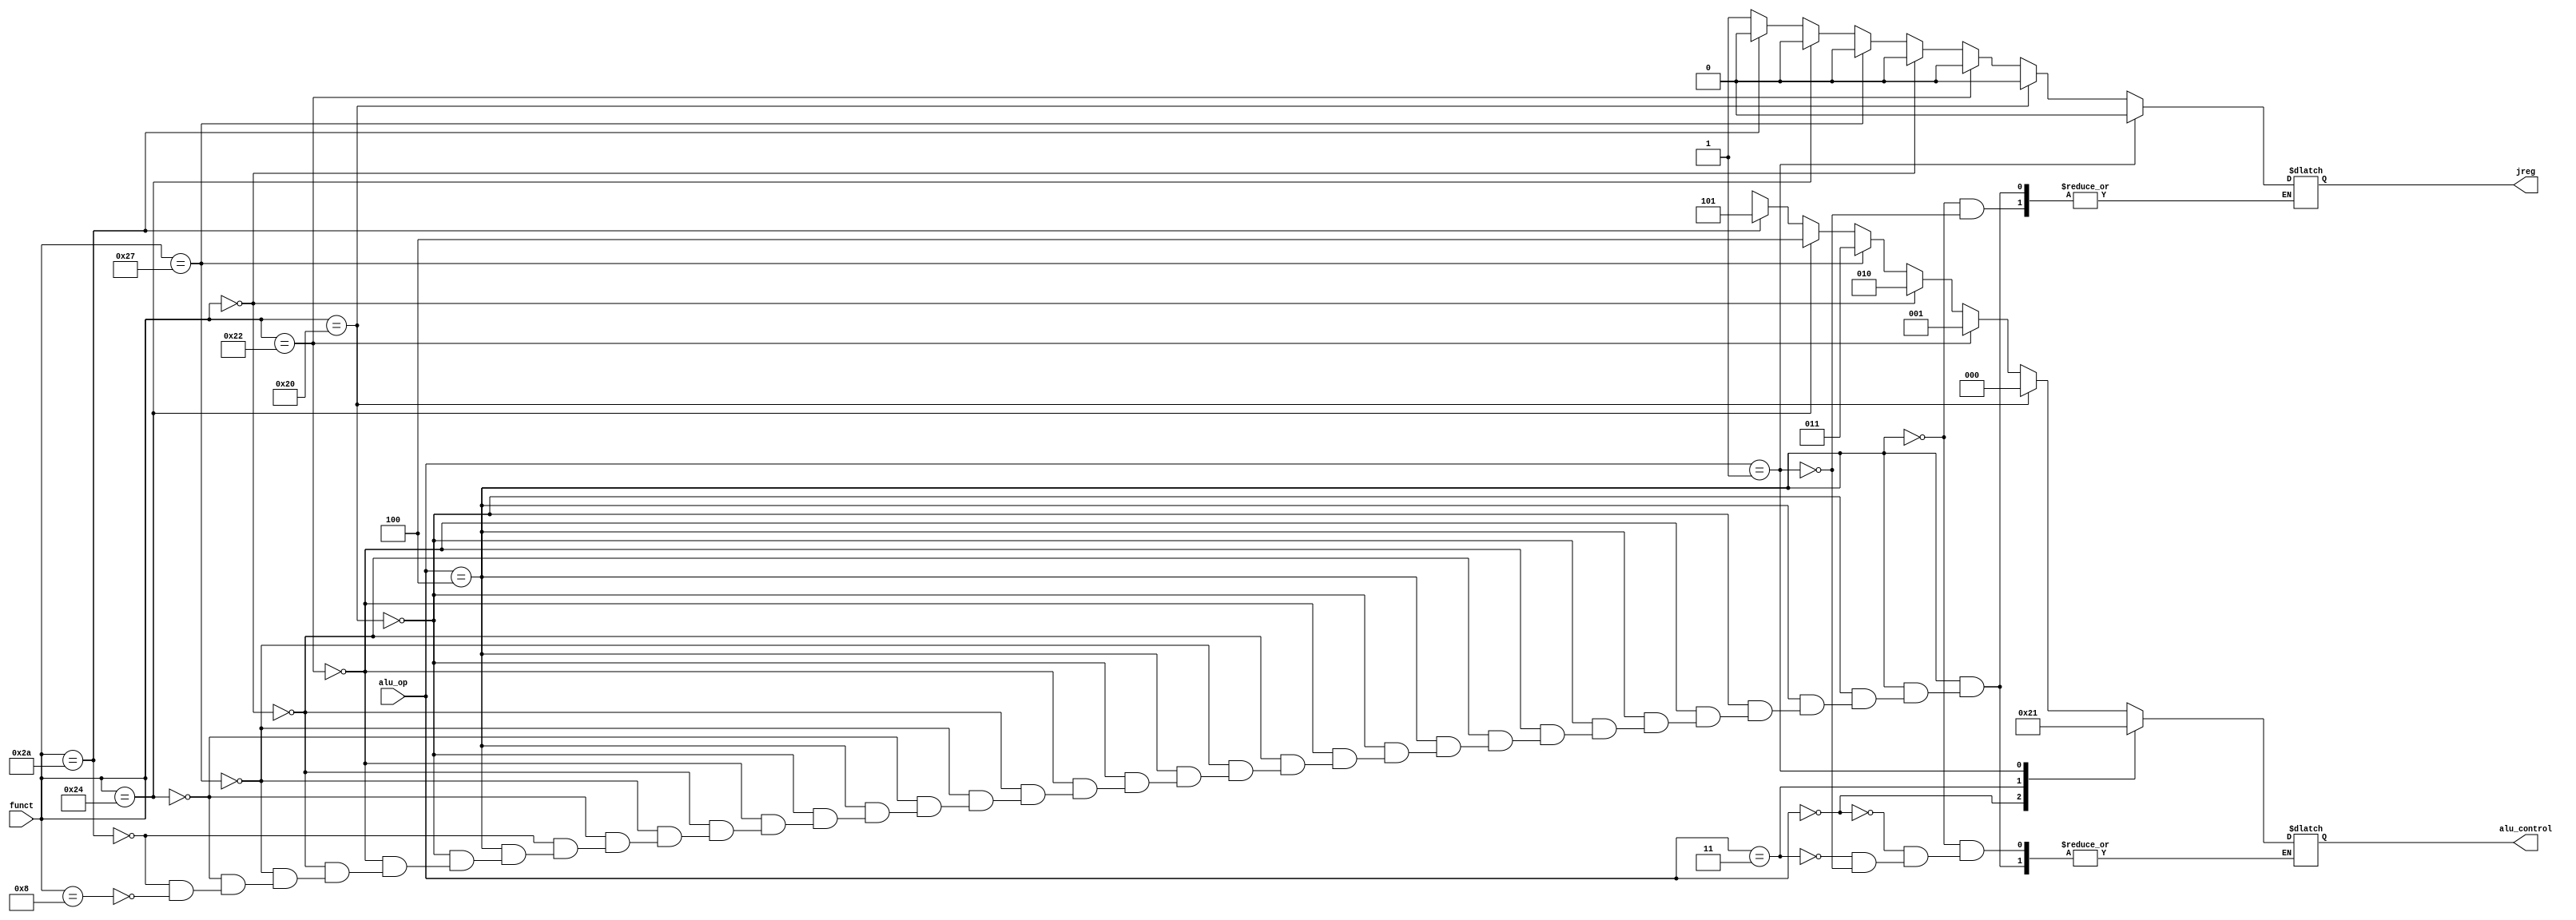
module alu_control (alu_op,funct ,alu_control , jreg);
input [5:0]funct;
input [2:0]alu_op ;
output reg jreg ;
output reg[2:0] alu_control ;
parameter ADD 	= 3'b000;
parameter SUB 	= 3'b001;
parameter SLL 	= 3'b010;
parameter NOR  	= 3'b011;
parameter AND  	= 3'b100;
parameter SLT  	= 3'b101;
 always @ (*) 
 begin 
	case (alu_op)
			3'b100 : begin//Rtype
						if (funct == 6'b100000)
						begin 
								alu_control= ADD;
								jreg = 1'b0;
						end 
						else if (funct == 6'b100010)
							begin
								alu_control = SUB;
								jreg = 1'b0;
							end
						else if (funct == 6'b000000)
							begin 
								alu_control = SLL ;
								jreg = 1'b0;
							end
						else if(funct ==6'b100111) 
						 begin
							alu_control = NOR ;
							jreg = 1'b0;
						 end
						 else if (funct == 6'b100100 )
						 begin 
								alu_control = AND;
								jreg = 1'b0;
						 end
						 else if (funct == 6'b101010) 
						 begin
						  alu_control = SLT;
						  jreg = 1'b0;						  
						 end
						 else if (funct == 6'b001000 ) 
						 begin
							alu_control = 3'bxxx;	
						  jreg = 1'b1; 
						 end 
					end	 		
			3'b000 : begin 
						
						alu_control = ADD;
	
				end			 
			3'b011 : begin 
						alu_control = AND; 
			
			end 
			
			3'b001: begin 
				alu_control = SUB;
				jreg = 1'b0;
					end
	endcase
 end
endmodule